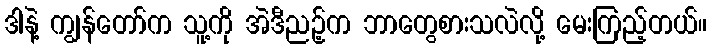
ဒါနဲ့ ကျွန်တော်က သူ့ကို အဲဒီညဉ့်က ဘာတွေစားသလဲလို့ မေးကြည့်တယ်။